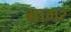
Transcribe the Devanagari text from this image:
भ्रामर